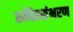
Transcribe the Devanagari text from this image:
रुधिरसंभरण